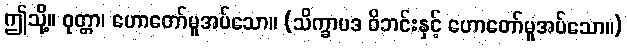
ဤသို့။ ဝုတ္တာ၊ ဟောတော်မူအပ်သော။ (သိက္ခာပဒ ဝိဘင်းနှင့် ဟောတော်မူအပ်သော။)